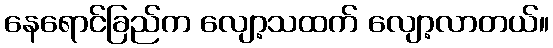
နေရောင်ခြည်က လျော့သထက် လျော့လာတယ်။